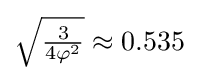
{\sqrt {\tfrac {3}{4\varphi ^{2}}}}\approx 0.535